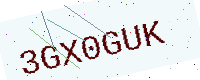
Text: 3GX0GUK